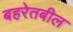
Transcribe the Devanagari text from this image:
बहरेतबील